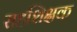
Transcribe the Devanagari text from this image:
सहशिक्षक